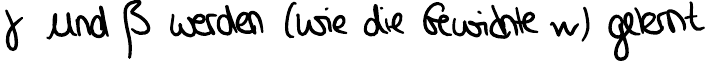
y und ß werden (wie die Gewichte w) gelernt